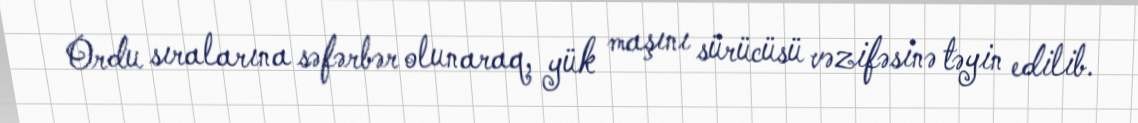
Ordu sıralarına səfərbər olunaraq, yük maşını sürücüsü vəzifəsinə təyin edilib.